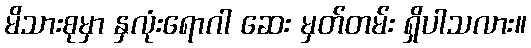
မိသားစုမှာ နှလုံးရောဂါ ဆေး မှတ်တမ်း ရှိပါသလား။